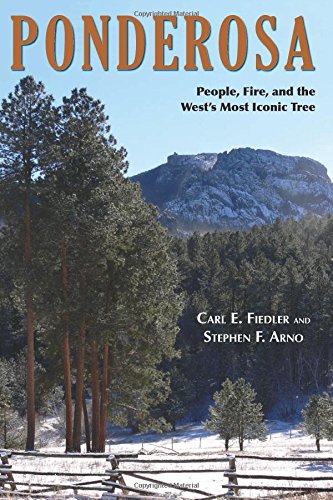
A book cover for Ponderosa; Carl E. Fiedler and Stephen F. Arno; Science & Math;